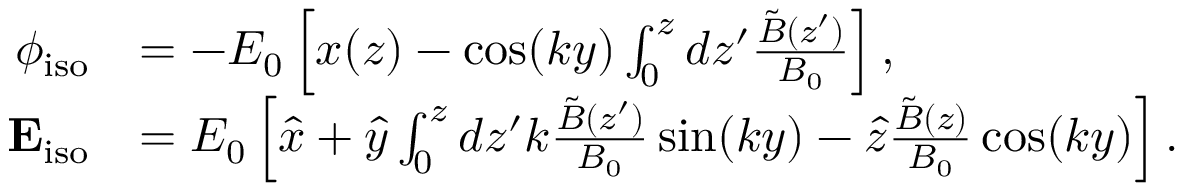
\begin{array} { r l } { \phi _ { \mathrm { i s o } } } & { = - E _ { 0 } \left[ x ( z ) - \cos ( k y ) \int _ { 0 } ^ { z } d z ^ { \prime } \frac { \tilde { B } ( z ^ { \prime } ) } { B _ { 0 } } \right] , } \\ { \mathbf { E } _ { \mathrm { i s o } } } & { = E _ { 0 } \left[ \hat { x } + \hat { y } \int _ { 0 } ^ { z } d z ^ { \prime } k \frac { \tilde { B } ( z ^ { \prime } ) } { B _ { 0 } } \sin ( k y ) - \hat { z } \frac { \tilde { B } ( z ) } { B _ { 0 } } \cos ( k y ) \right] . } \end{array}